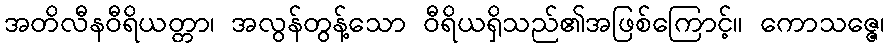
အတိလီနဝီရိယတ္တာ၊ အလွန်တွန့်သော ဝီရိယရှိသည်၏အဖြစ်ကြောင့်။ ကောသဇ္ဇေ၊